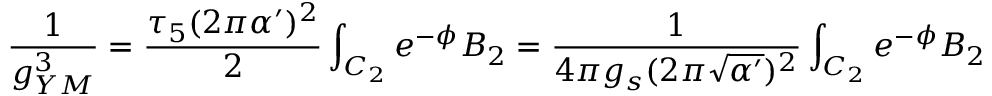
\frac { 1 } { g _ { Y M } ^ { 3 } } = \frac { \tau _ { 5 } ( 2 \pi \alpha ^ { \prime } ) ^ { 2 } } { 2 } \int _ { { \cal { C } } _ { 2 } } { e } ^ { - \phi } B _ { 2 } = \frac { 1 } { 4 \pi g _ { s } ( 2 \pi \sqrt { \alpha ^ { \prime } } ) ^ { 2 } } \int _ { { \cal { C } } _ { 2 } } { e } ^ { - \phi } B _ { 2 }